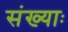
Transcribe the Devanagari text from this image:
संख्याः